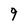
Character: 9